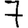
Digit: 7